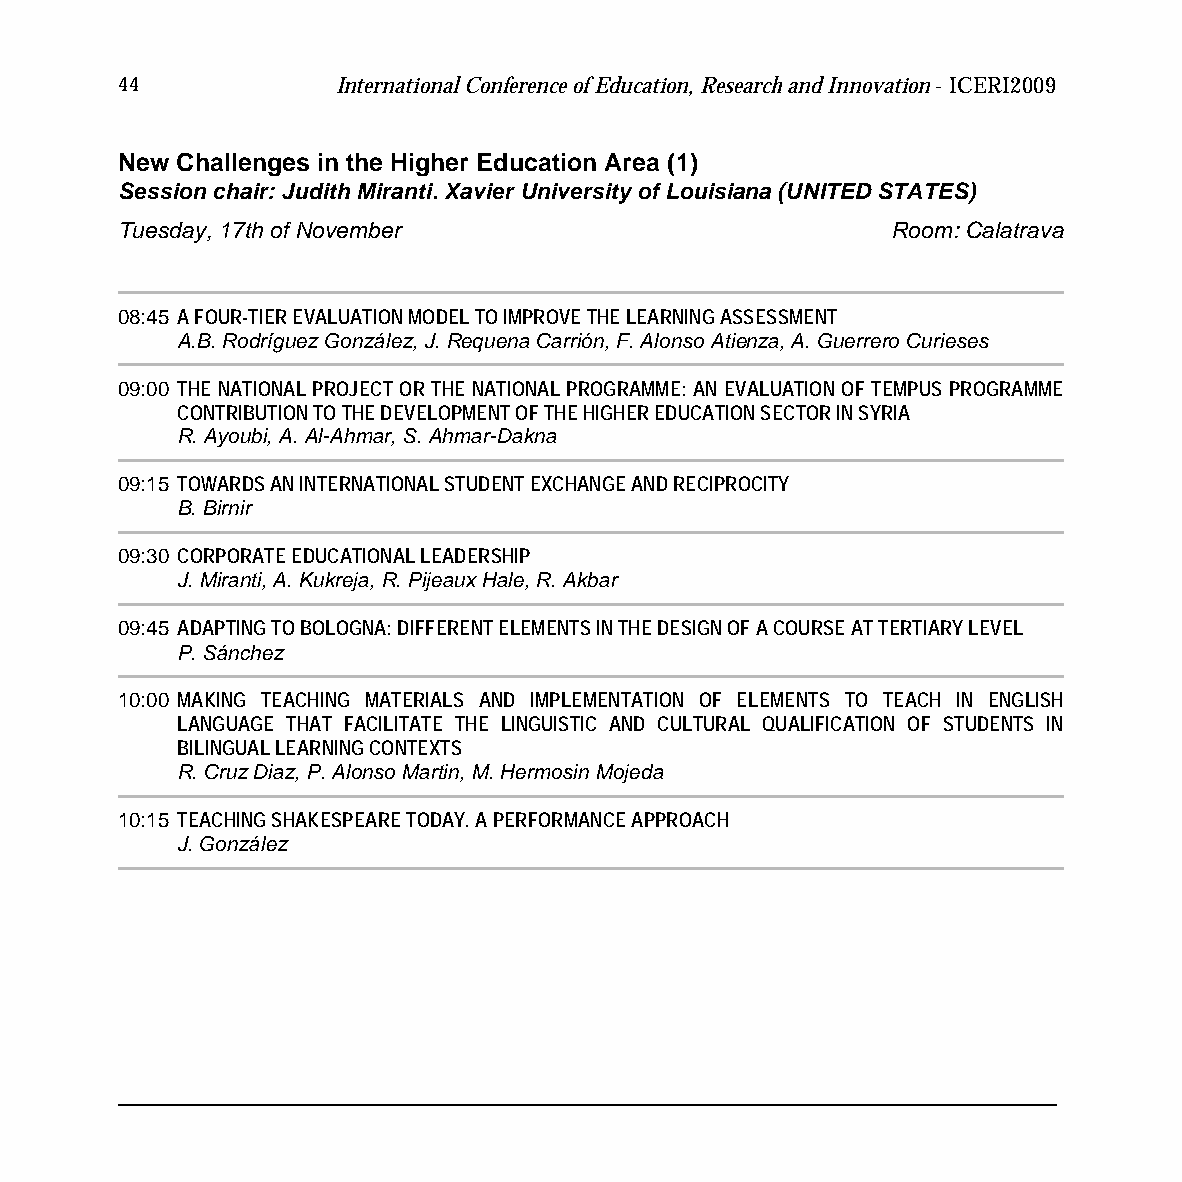
44            International Conference of Education, Research and Innovation - ICERI2009
 New Challenges in the Higher Education Area (1)
 Session chair: Judith Miranti. Xavier University of Louisiana (UNITED STATES)
 Tuesday, 17th of November                          Room: Calatrava
 08:45 A FOUR-TIER EVALUATION MODEL TO IMPROVE THE LEARNING ASSESSMENT
 A.B. Rodríguez González, J. Requena Carrión, F. Alonso Atienza, A. Guerrero Curieses
 09:00 THE NATIONAL PROJECT OR THE NATIONAL PROGRAMME: AN EVALUATION OF TEMPUS PROGRAMME
 CONTRIBUTION TO THE DEVELOPMENT OF THE HIGHER EDUCATION SECTOR IN SYRIA
 R. Ayoubi, A. Al-Ahmar, S. Ahmar-Dakna
 09:15 TOWARDS AN INTERNATIONAL STUDENT EXCHANGE AND RECIPROCITY
 B. Birnir
 09:30 CORPORATE EDUCATIONAL LEADERSHIP
 J. Miranti, A. Kukreja, R. Pijeaux Hale, R. Akbar
 09:45 ADAPTING TO BOLOGNA: DIFFERENT ELEMENTS IN THE DESIGN OF A COURSE AT TERTIARY LEVEL
 P. Sánchez
 10:00 MAKING TEACHING MATERIALS AND IMPLEMENTATION OF ELEMENTS TO TEACH IN ENGLISH
 LANGUAGE THAT FACILITATE THE LINGUISTIC AND CULTURAL QUALIFICATION OF STUDENTS IN
 BILINGUAL LEARNING CONTEXTS
 R. Cruz Diaz, P. Alonso Martin, M. Hermosin Mojeda
 10:15 TEACHING SHAKESPEARE TODAY. A PERFORMANCE APPROACH
 J. González